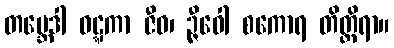
တဗ္ဘေဒါ ဝဋ္ဋကာ ဇီဝ၊ ဉ္ဇီဝေါ စကောရ တိတ္တိရာ။